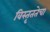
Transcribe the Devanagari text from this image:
विस्तृततेचा